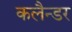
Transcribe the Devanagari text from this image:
कलैन्डर